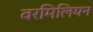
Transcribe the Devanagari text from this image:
वरमिलियन